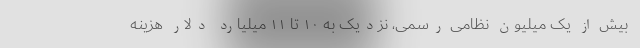
بیش از یک میلیون نظامی رسمی، نزدیک به ۱۰ تا ۱۱ میلیارد دلار هزینه